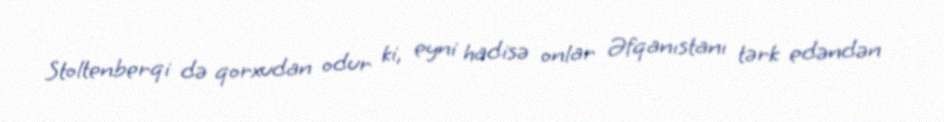
Stoltenberqi də qorxudan odur ki, eyni hadisə onlar Əfqanıstanı tərk edəndən